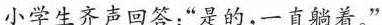
小学生齐声回答：”是的，一直躺着。